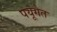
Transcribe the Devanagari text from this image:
पयूगेत